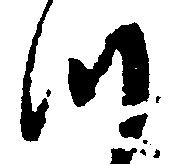
つ